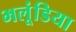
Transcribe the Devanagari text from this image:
भलूंडिया